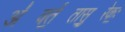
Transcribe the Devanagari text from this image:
अ॑वर्त॒तासु॒रेकः॒